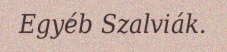
Egyéb Szalviák.